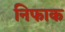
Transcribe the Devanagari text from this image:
निफाक